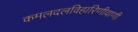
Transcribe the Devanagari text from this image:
कमलदलविहारिणीवाणी